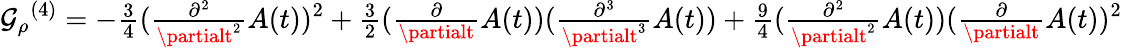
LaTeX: {{\cal{\mathcal{G}}}_{\rho}}^{{(4)}}=-{\textstyle\frac{{3}}{{4}}}({\textstyle\frac{{\partial^{2}}}{{\partialt^{2}}}}{A}(t))^{2}+{\textstyle\frac{{3}}{{2}}}({\textstyle\frac{{\partial}}{{\partialt}}}{A}(t))({\textstyle\frac{{\partial^{3}}}{{\partialt^{3}}}}{A}(t))+{\textstyle\frac{{9}}{{4}}}({\textstyle\frac{{\partial^{2}}}{{\partialt^{2}}}}{A}(t))({\textstyle\frac{{\partial}}{{\partialt}}}{A}(t))^{2}